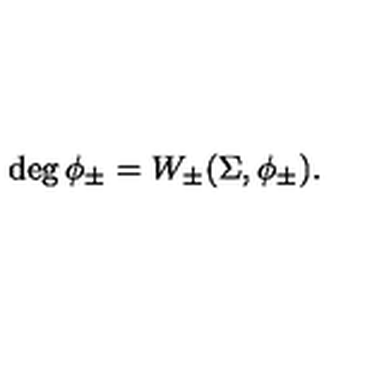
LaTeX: \deg \phi _ { \pm } = W _ { \pm } ( \Sigma , \phi _ { \pm } ) .